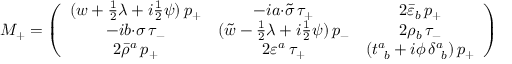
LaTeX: \displaystyle { M _ { + } = \left( \begin{array} { c c c } { { ( w + \textstyle { \frac { 1 } { 2 } } \lambda + i \textstyle { \frac { 1 } { 2 } } \psi ) \, p _ { + } } } & { { - i a { \cdot \tilde { \sigma } } \, \tau _ { + } } } & { { 2 \bar { \varepsilon } _ { b } \, p _ { + } } } \\ { { - i b { \cdot \sigma } \, \tau _ { - } } } & { { ( \tilde { w } - \textstyle { \frac { 1 } { 2 } } \lambda + i \textstyle { \frac { 1 } { 2 } } \psi ) \, p _ { - } } } & { { 2 \rho _ { b } \, \tau _ { - } } } \\ { { 2 \bar { \rho } ^ { a } \, p _ { + } } } & { { 2 \varepsilon ^ { a } \, \tau _ { + } } } & { { ( t _ { ~ b } ^ { a } + i \phi \, \delta _ { ~ b } ^ { a } ) \, p _ { + } } } \end{array} \right) }